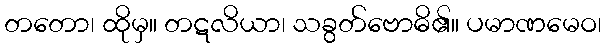
တတော၊ ထိုမှ။ တဋလိယာ၊ သခွတ်ဗောဓိ၏။ ပမာဏမေဝ၊